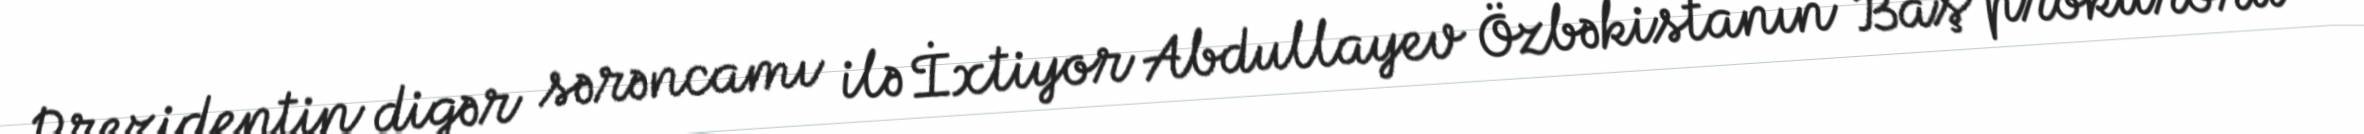
Prezidentin digər sərəncamı ilə İxtiyor Abdullayev Özbəkistanın Baş prokuroru